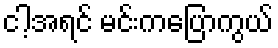
ငါ့အရင် မင်းကပြောကွယ်